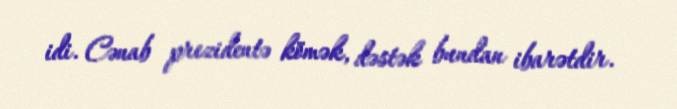
idi. Cənab prezidentə kömək, dəstək bundan ibarətdir.